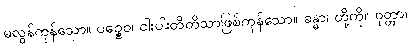
မလွန်ကုန်သော။ ပဉ္စေဝ၊ ငါးပါးတိတိသာဖြစ်ကုန်သော။ ခန္ဓာ၊ တို့ကို။ ဝုတ္တာ၊